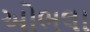
ઓભલા